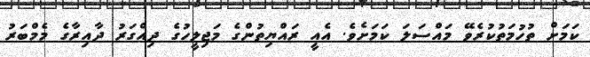
ކަމަށް ތުހުމަތުކުރެވޭ މައްސަލަ ކަމަށެވެ. އެއީ ރައްޔިތުންގެ މަޖިލީހުގެ ދިއްގަރު ދާއިރާގެ މެމްބަރު